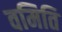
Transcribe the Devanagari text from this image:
वमिति